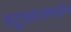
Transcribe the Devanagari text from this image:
बटुग्रहाजवळील